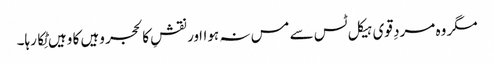
مگر وہ مردِ قوی ہیکل ٹس سے مس نہ ہوااور نقشِ کالحجر وہیں کا وہیں ٹِکا رہا۔